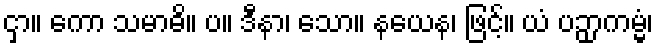
ငှာ။ ကော သမာဓိ။ ပ။ ဒီနာ၊ သော။ နယေန၊ ဖြင့်။ ယံ ပဉှာကမ္မံ၊